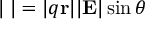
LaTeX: | \mathbf { \tau } | = | q \mathbf { r } | | \mathbf { E } | \sin \theta